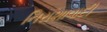
નિરાશાવાદી